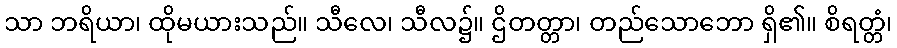
သာ ဘရိယာ၊ ထိုမယားသည်။ သီလေ၊ သီလ၌။ ဌိတတ္တာ၊ တည်သောဘော ရှိ၏။ စိရတ္တံ၊